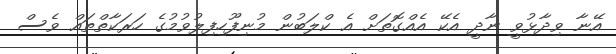
އޭނާ ވިދާޅުވީ ނާދީ އެކޭ އެއްގޮތަށް އެ ކްލަބުން މުނިފޫހިފިލުވުމުގެ ހަރަކާތްތައް ވެސް